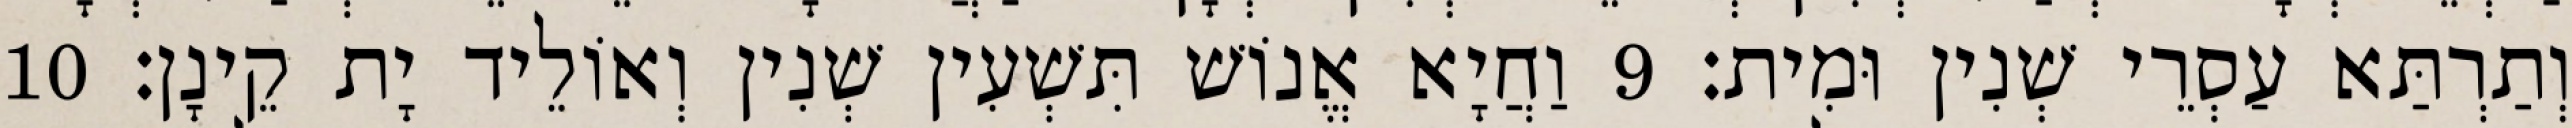
וְתַרְתַּא עַסְרֵי שְׁנִין וּמִית׃ 9 וַחֲיָא אֱנוֹשׁ תִּשְׁעִין שְׁנִין וְאוֹלֵיד יָת קֵינָן׃ 10